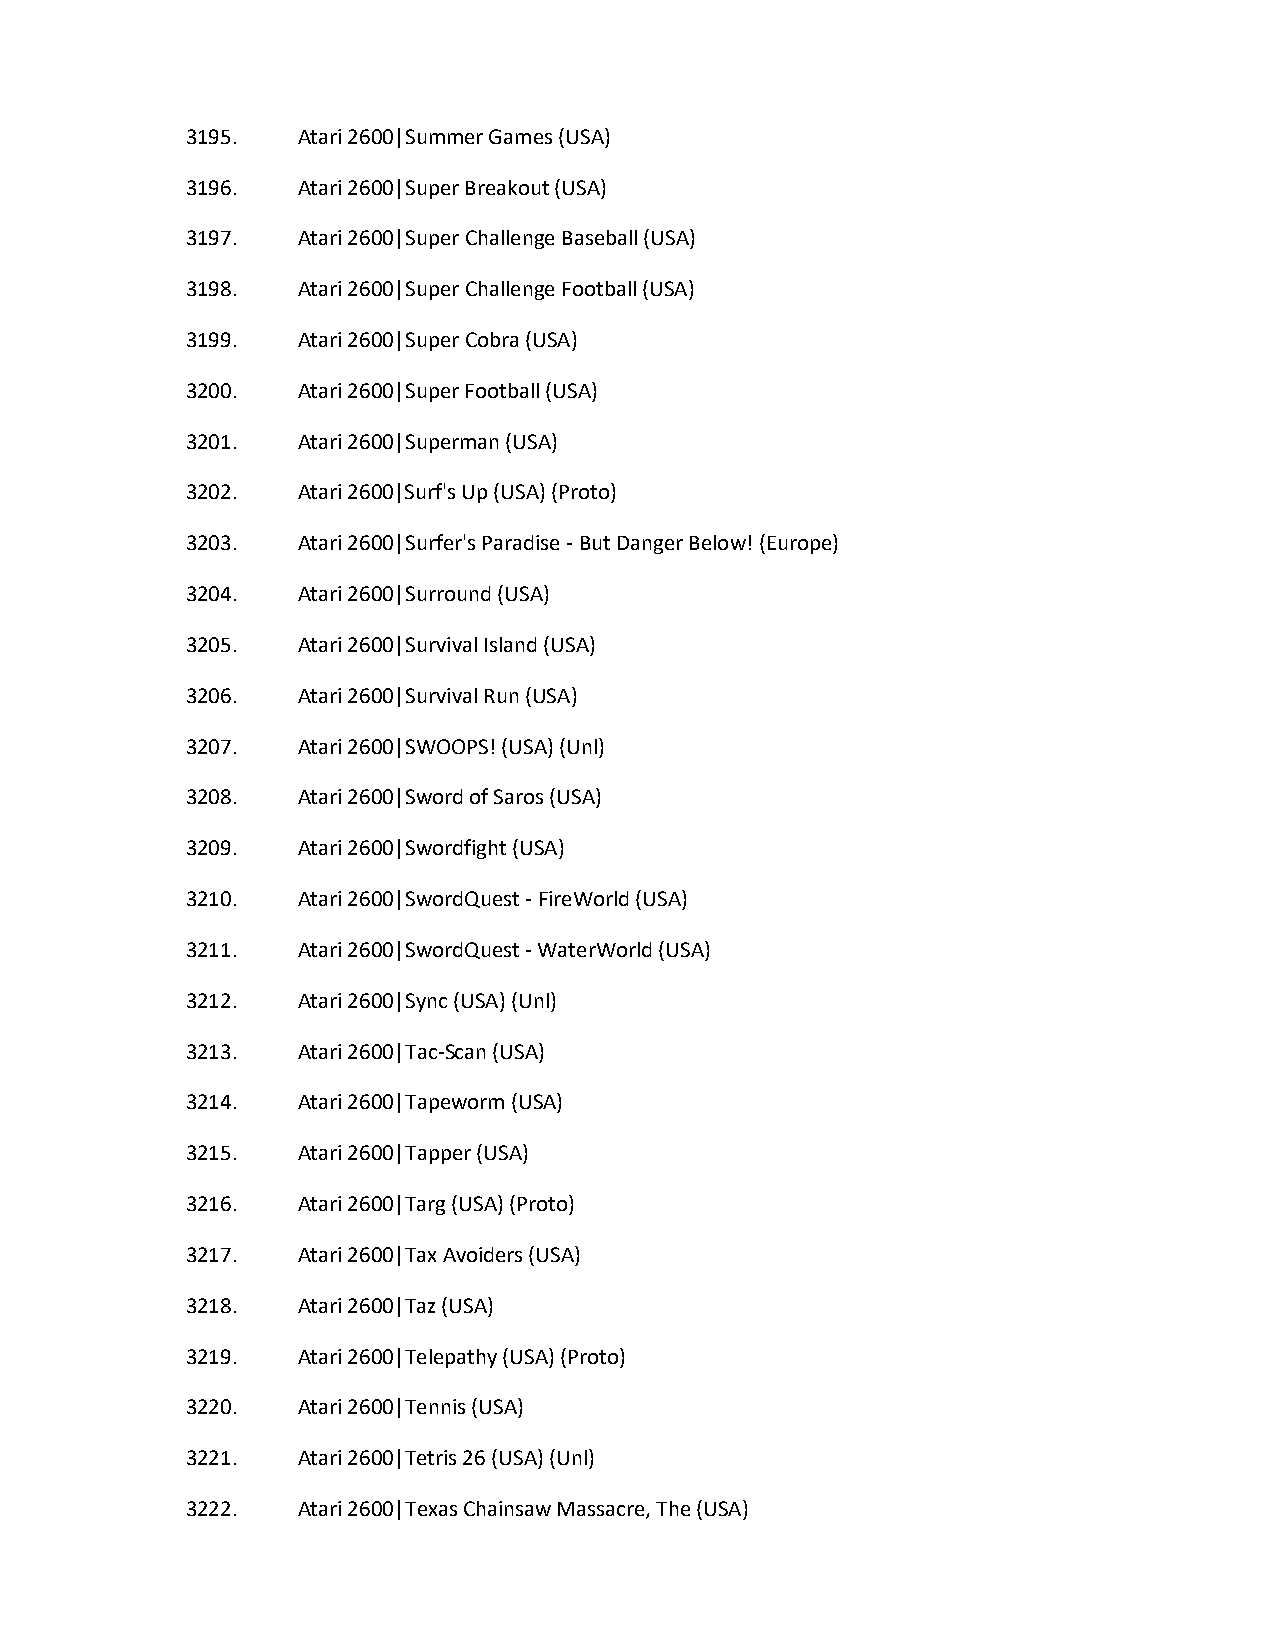
3195.   Atari 2600|Summer Games (USA)
 3196.   Atari 2600|Super Breakout (USA)
 3197.   Atari 2600|Super Challenge Baseball (USA)
 3198.   Atari 2600|Super Challenge Football (USA)
 3199.   Atari 2600|Super Cobra (USA)
 3200.   Atari 2600|Super Football (USA)
 3201.   Atari 2600|Superman (USA)
 3202.   Atari 2600|Surf's Up (USA) (Proto)
 3203.   Atari 2600|Surfer's Paradise - But Danger Below! (Europe)
 3204.   Atari 2600|Surround (USA)
 3205.   Atari 2600|Survival Island (USA)
 3206.   Atari 2600|Survival Run (USA)
 3207.   Atari 2600|SWOOPS! (USA) (Unl)
 3208.   Atari 2600|Sword of Saros (USA)
 3209.   Atari 2600|Swordfight (USA)
 3210.   Atari 2600|SwordQuest - FireWorld (USA)
 3211.   Atari 2600|SwordQuest - WaterWorld (USA)
 3212.   Atari 2600|Sync (USA) (Unl)
 3213.   Atari 2600|Tac-Scan (USA)
 3214.   Atari 2600|Tapeworm (USA)
 3215.   Atari 2600|Tapper (USA)
 3216.   Atari 2600|Targ (USA) (Proto)
 3217.   Atari 2600|Tax Avoiders (USA)
 3218.   Atari 2600|Taz (USA)
 3219.   Atari 2600|Telepathy (USA) (Proto)
 3220.   Atari 2600|Tennis (USA)
 3221.   Atari 2600|Tetris 26 (USA) (Unl)
 3222.   Atari 2600|Texas Chainsaw Massacre, The (USA)